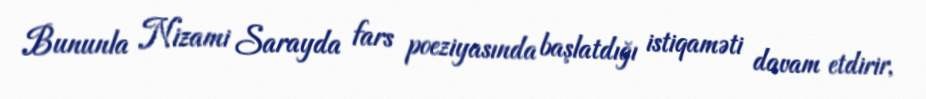
Bununla Nizami Sarayda fars poeziyasında başlatdığı istiqaməti davam etdirir,